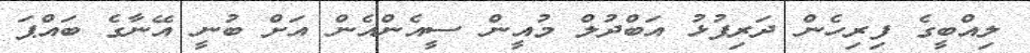
ލިއްބީގެ ފިރިހެން ދަރިފުޅު އަބްދުލް މުއީން ސީއެންއެން އަށް ބުނީ އޭނާގެ ބައްޕަ